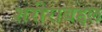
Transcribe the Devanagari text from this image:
शरीराबद्दल